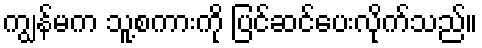
ကျွန်မက သူ့စကားကို ပြင်ဆင်ပေးလိုက်သည်။